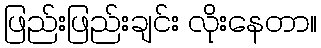
ဖြည်းဖြည်းချင်း လိုးနေတာ။